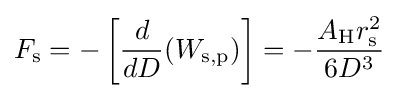
F_{\mathrm {s} }=-\left[{\frac {d}{dD}}(W_{\mathrm {s,p} })\right]=-{\frac {A_{\mathrm {H} }r_{\mathrm {s} }^{2}}{6D^{3}}}